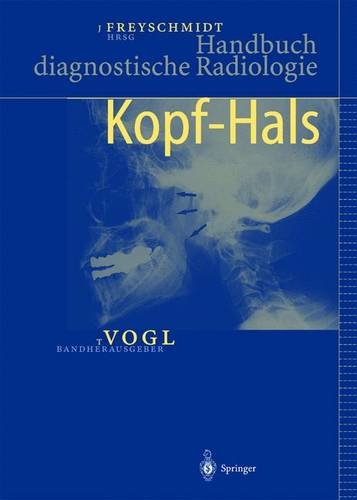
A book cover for Handbuch diagnostische Radiologie: Kopf-Hals (German Edition); Medical Books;